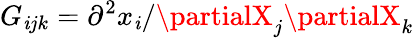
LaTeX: G_{\mathit{i}jk}=\partial^{2}x_{\mathit{i}}/\partialX_{j}\partialX_{k}